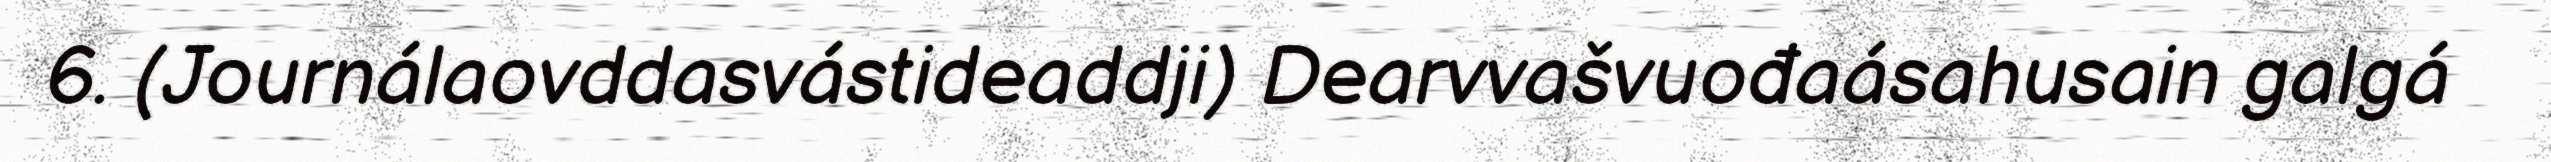
6. (Journálaovddasvástideaddji) Dearvvašvuođaásahusain galgá